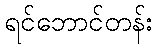
ရင်ဘောင်တန်း